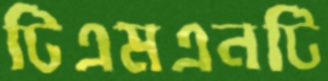
টিএমএনটি